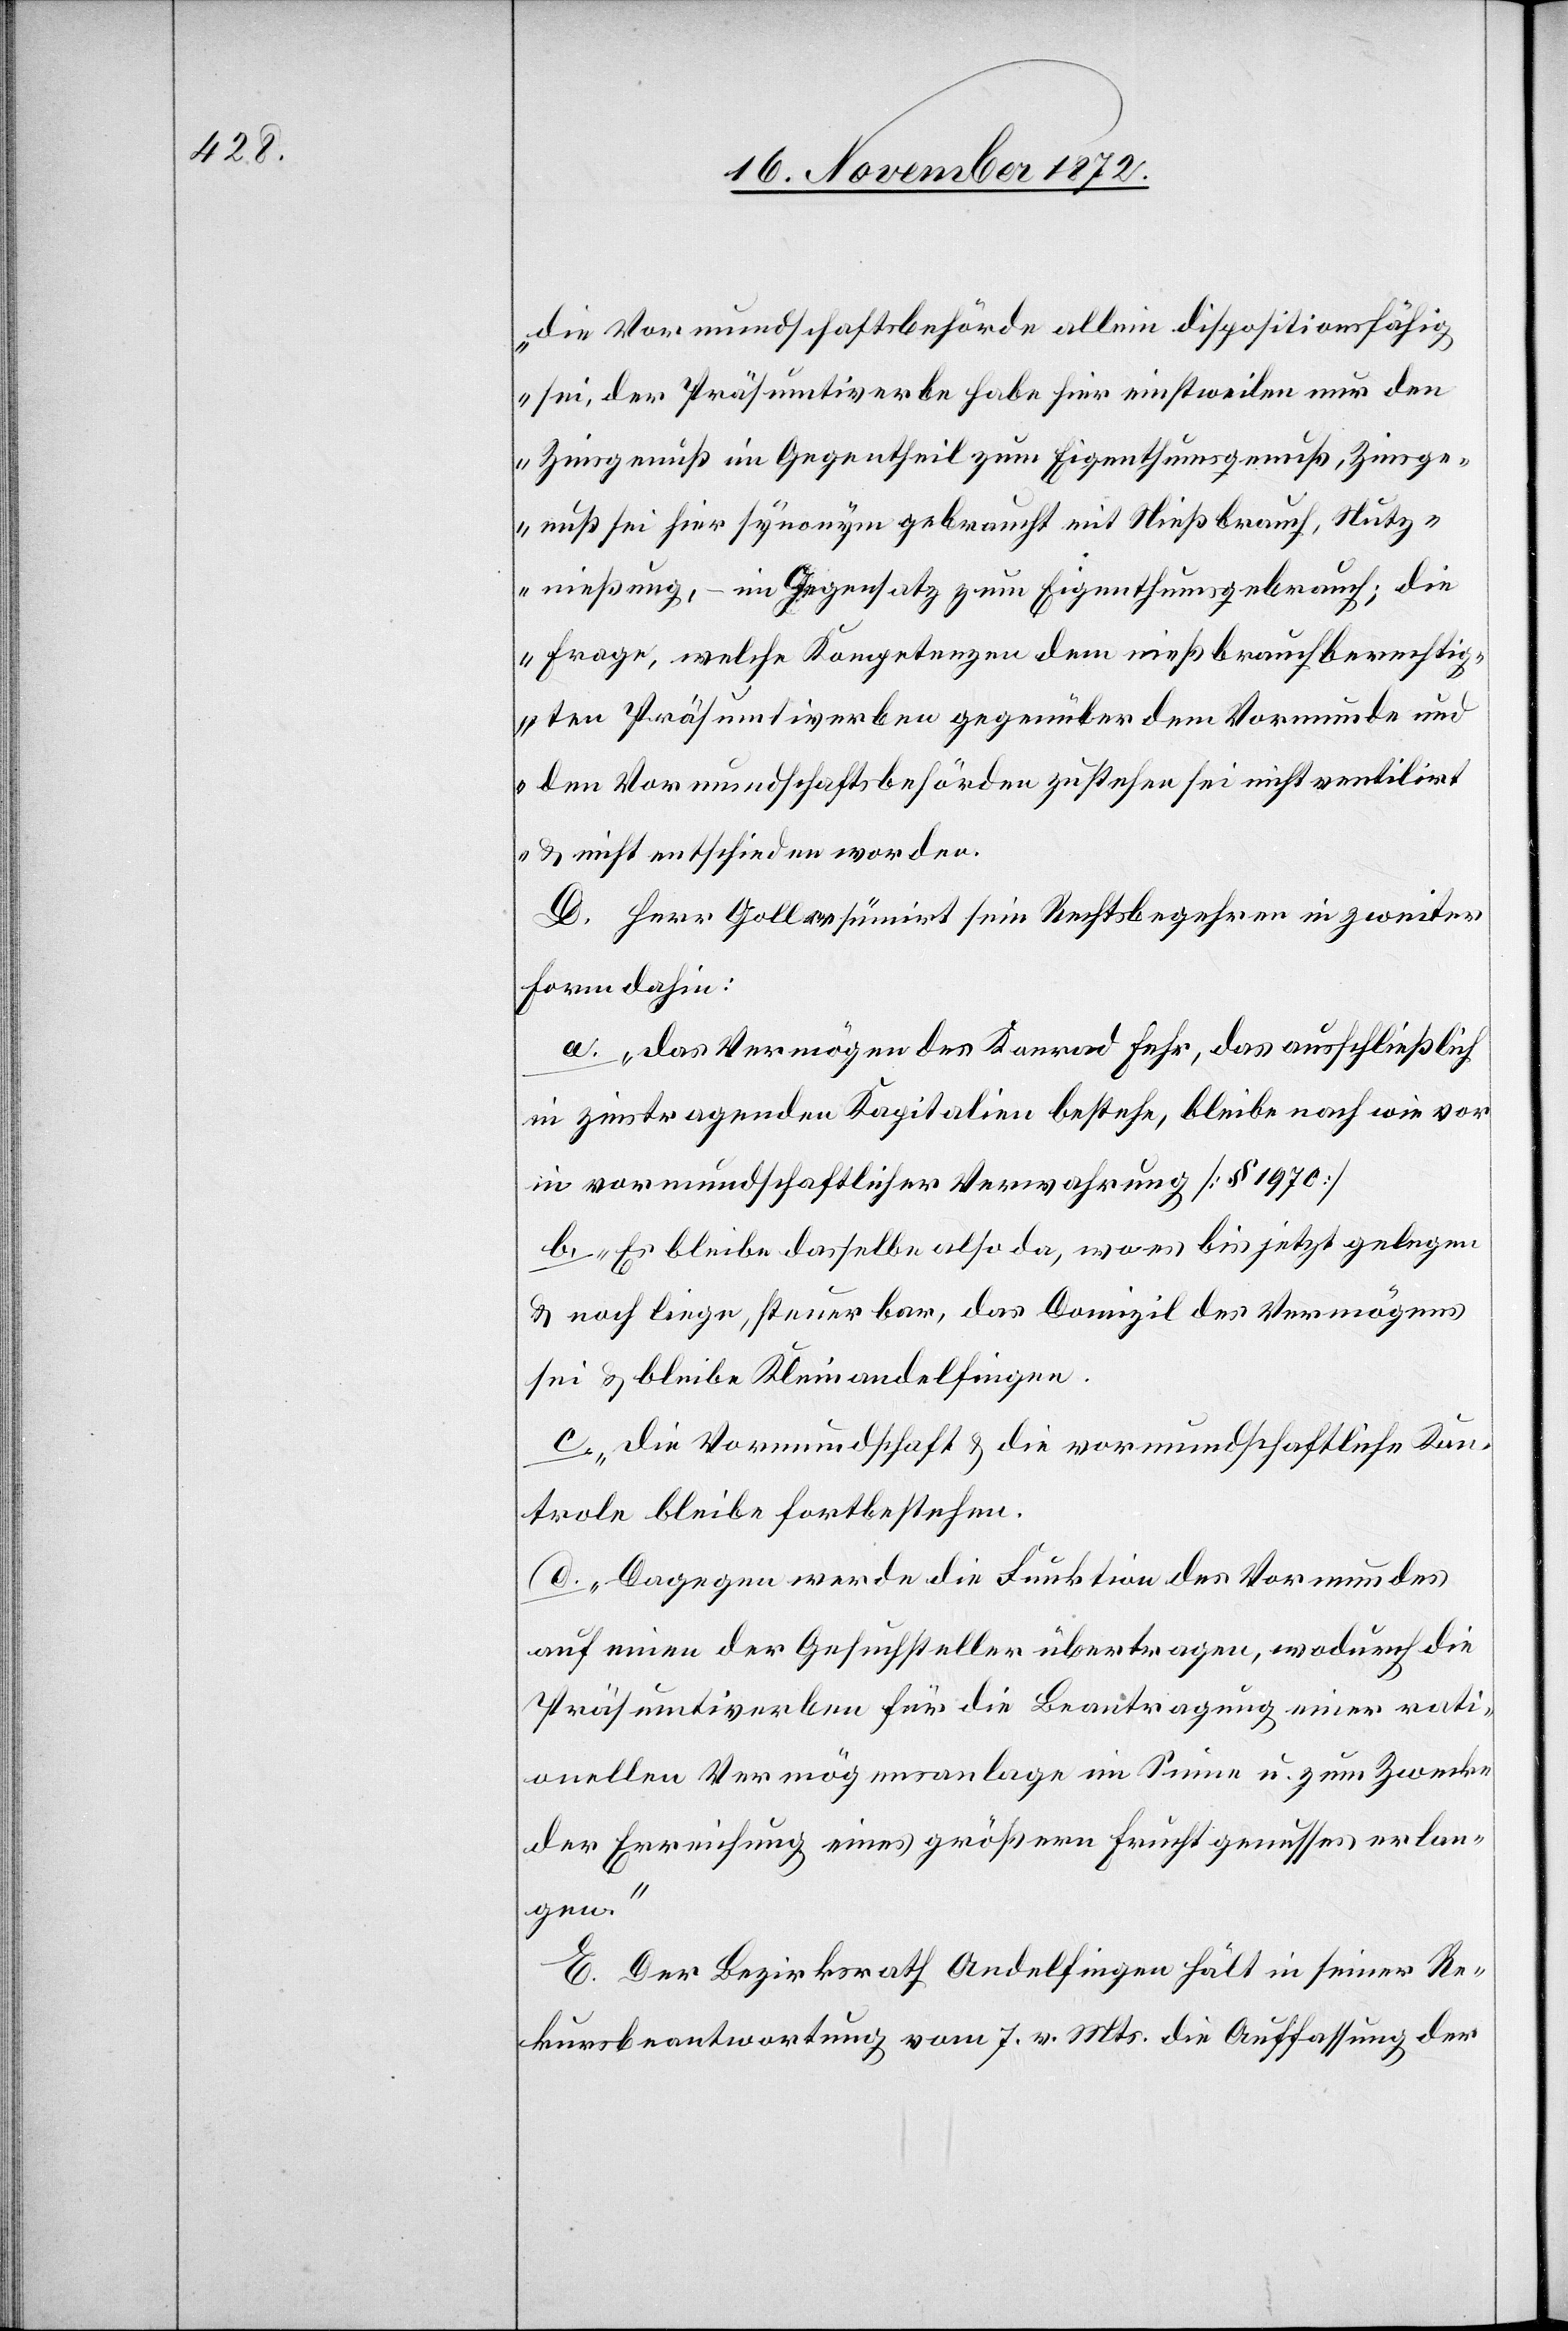
die Vormundschaftsbehörde allein dispositionsfähig
sei, der Präsumtiverbe habe hier einstweilen nur den
Zinsgenuß im Gegentheil zum Eigenthumsgenuß, Zinsge¬
nuß sei hier synonym gebraucht mit Nießbrauch, Nutz¬
nießung, – im Gegensatz zum Eigenthumsgebrauch; die
Frage, welche Kompetenzen dem nießbrauchberechti¬
gten Präsumtiverben gegenüber dem Vormunde und
den Vormundschaftsbehörden zustehen sei nicht ventilirt
u. nicht entschieden worden.
D. Herr Goll resümirt sein Rechtsbegehren in zweiter
Form dahin:
a. „das Vermögen des Konrad Fehr, das ausschließlich
in zinstragenden Kapitalien bestehe, bleibe nach wie vor
in vormundschaftlicher Verwahrung [§ 1970]
b. „Es bleibe dasselbe also da, wo es bis jetzt gelegen
u. noch liege, steuerbar, das Domizil des Vermögens
sei u. bleibe Kleinandelfingen.
c. „die Vormundschaft u. die vormundschaftliche Kon¬
trole bleibe fortbestehen.
d. „Dagegen werde die Funktion des Vormundes
auf einen der Gesuchsteller übertragen, wodurch die
Präsumtiverben für die Beantragung einer rati¬
onellen Vermögensanlage im Sinne u. zum Zwecke
der Erreichung eines größern Fruchtgenusses erlan¬
gen.“
E. Der Bezirksrath Andelfingen hält in seiner Re¬
kursbeantwortung vom 7. v. Mts. die Auffassung der